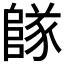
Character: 𨺵